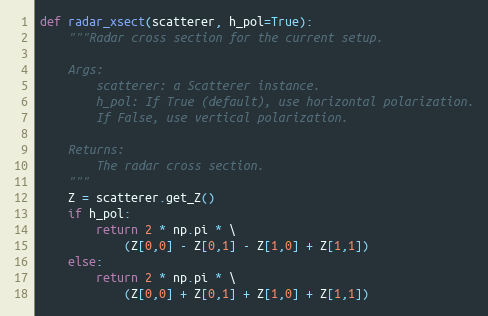
Language: Python
def radar_xsect(scatterer, h_pol=True):
    """Radar cross section for the current setup.

    Args:
        scatterer: a Scatterer instance.
        h_pol: If True (default), use horizontal polarization.
        If False, use vertical polarization.

    Returns:
        The radar cross section.
    """
    Z = scatterer.get_Z()
    if h_pol:
        return 2 * np.pi * \
            (Z[0,0] - Z[0,1] - Z[1,0] + Z[1,1])
    else:
        return 2 * np.pi * \
            (Z[0,0] + Z[0,1] + Z[1,0] + Z[1,1])